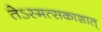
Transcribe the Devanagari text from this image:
तेऽस्मत्सकाशात्